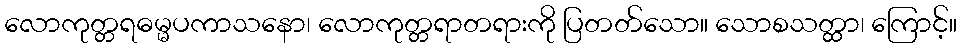
လောကုတ္တရဓမ္မပကာသနော၊ လောကုတ္တရာတရားကို ပြတတ်သော။ သောစသတ္ထာ၊ ကြောင့်။